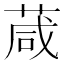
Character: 葴